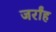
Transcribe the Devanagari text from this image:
जर्रांह